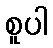
စူပါ